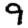
Digit: 9